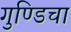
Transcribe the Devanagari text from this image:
गुण्डिचा